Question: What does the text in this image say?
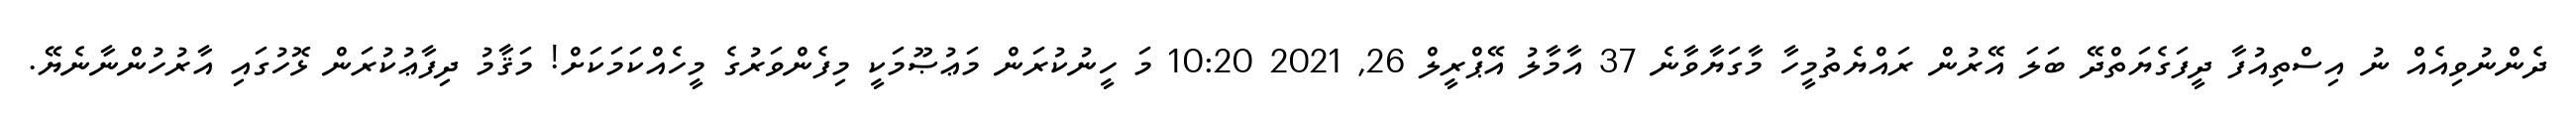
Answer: ދެންނުވިއެއް ނު އިސްތިއުފާ ދީފަގެޔަތްދޭ ބަލަ އޭރުން ރައްޔެތުމީހާ މާގަޔާވާނެ 37 އާމާލު އޭޕްރީލް 26, 2021 10:20 މަ ހީނުކުރަން މަޢުޞޫމަކީ މިފެންވަރުގެ މީހެއްކަމަކަށް! މަޤާމު ދިފާޢުކުރަން ޅޮހުގައި އާރުހުންނާނެޔޭ.